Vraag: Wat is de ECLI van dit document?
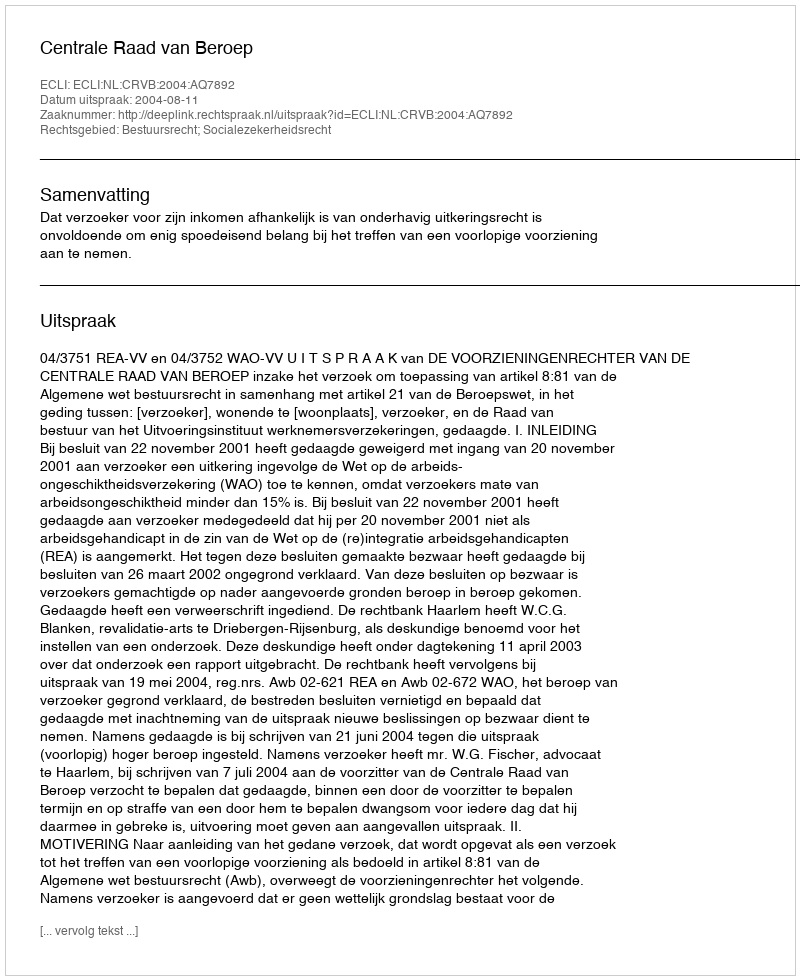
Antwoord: ECLI:NL:CRVB:2004:AQ7892